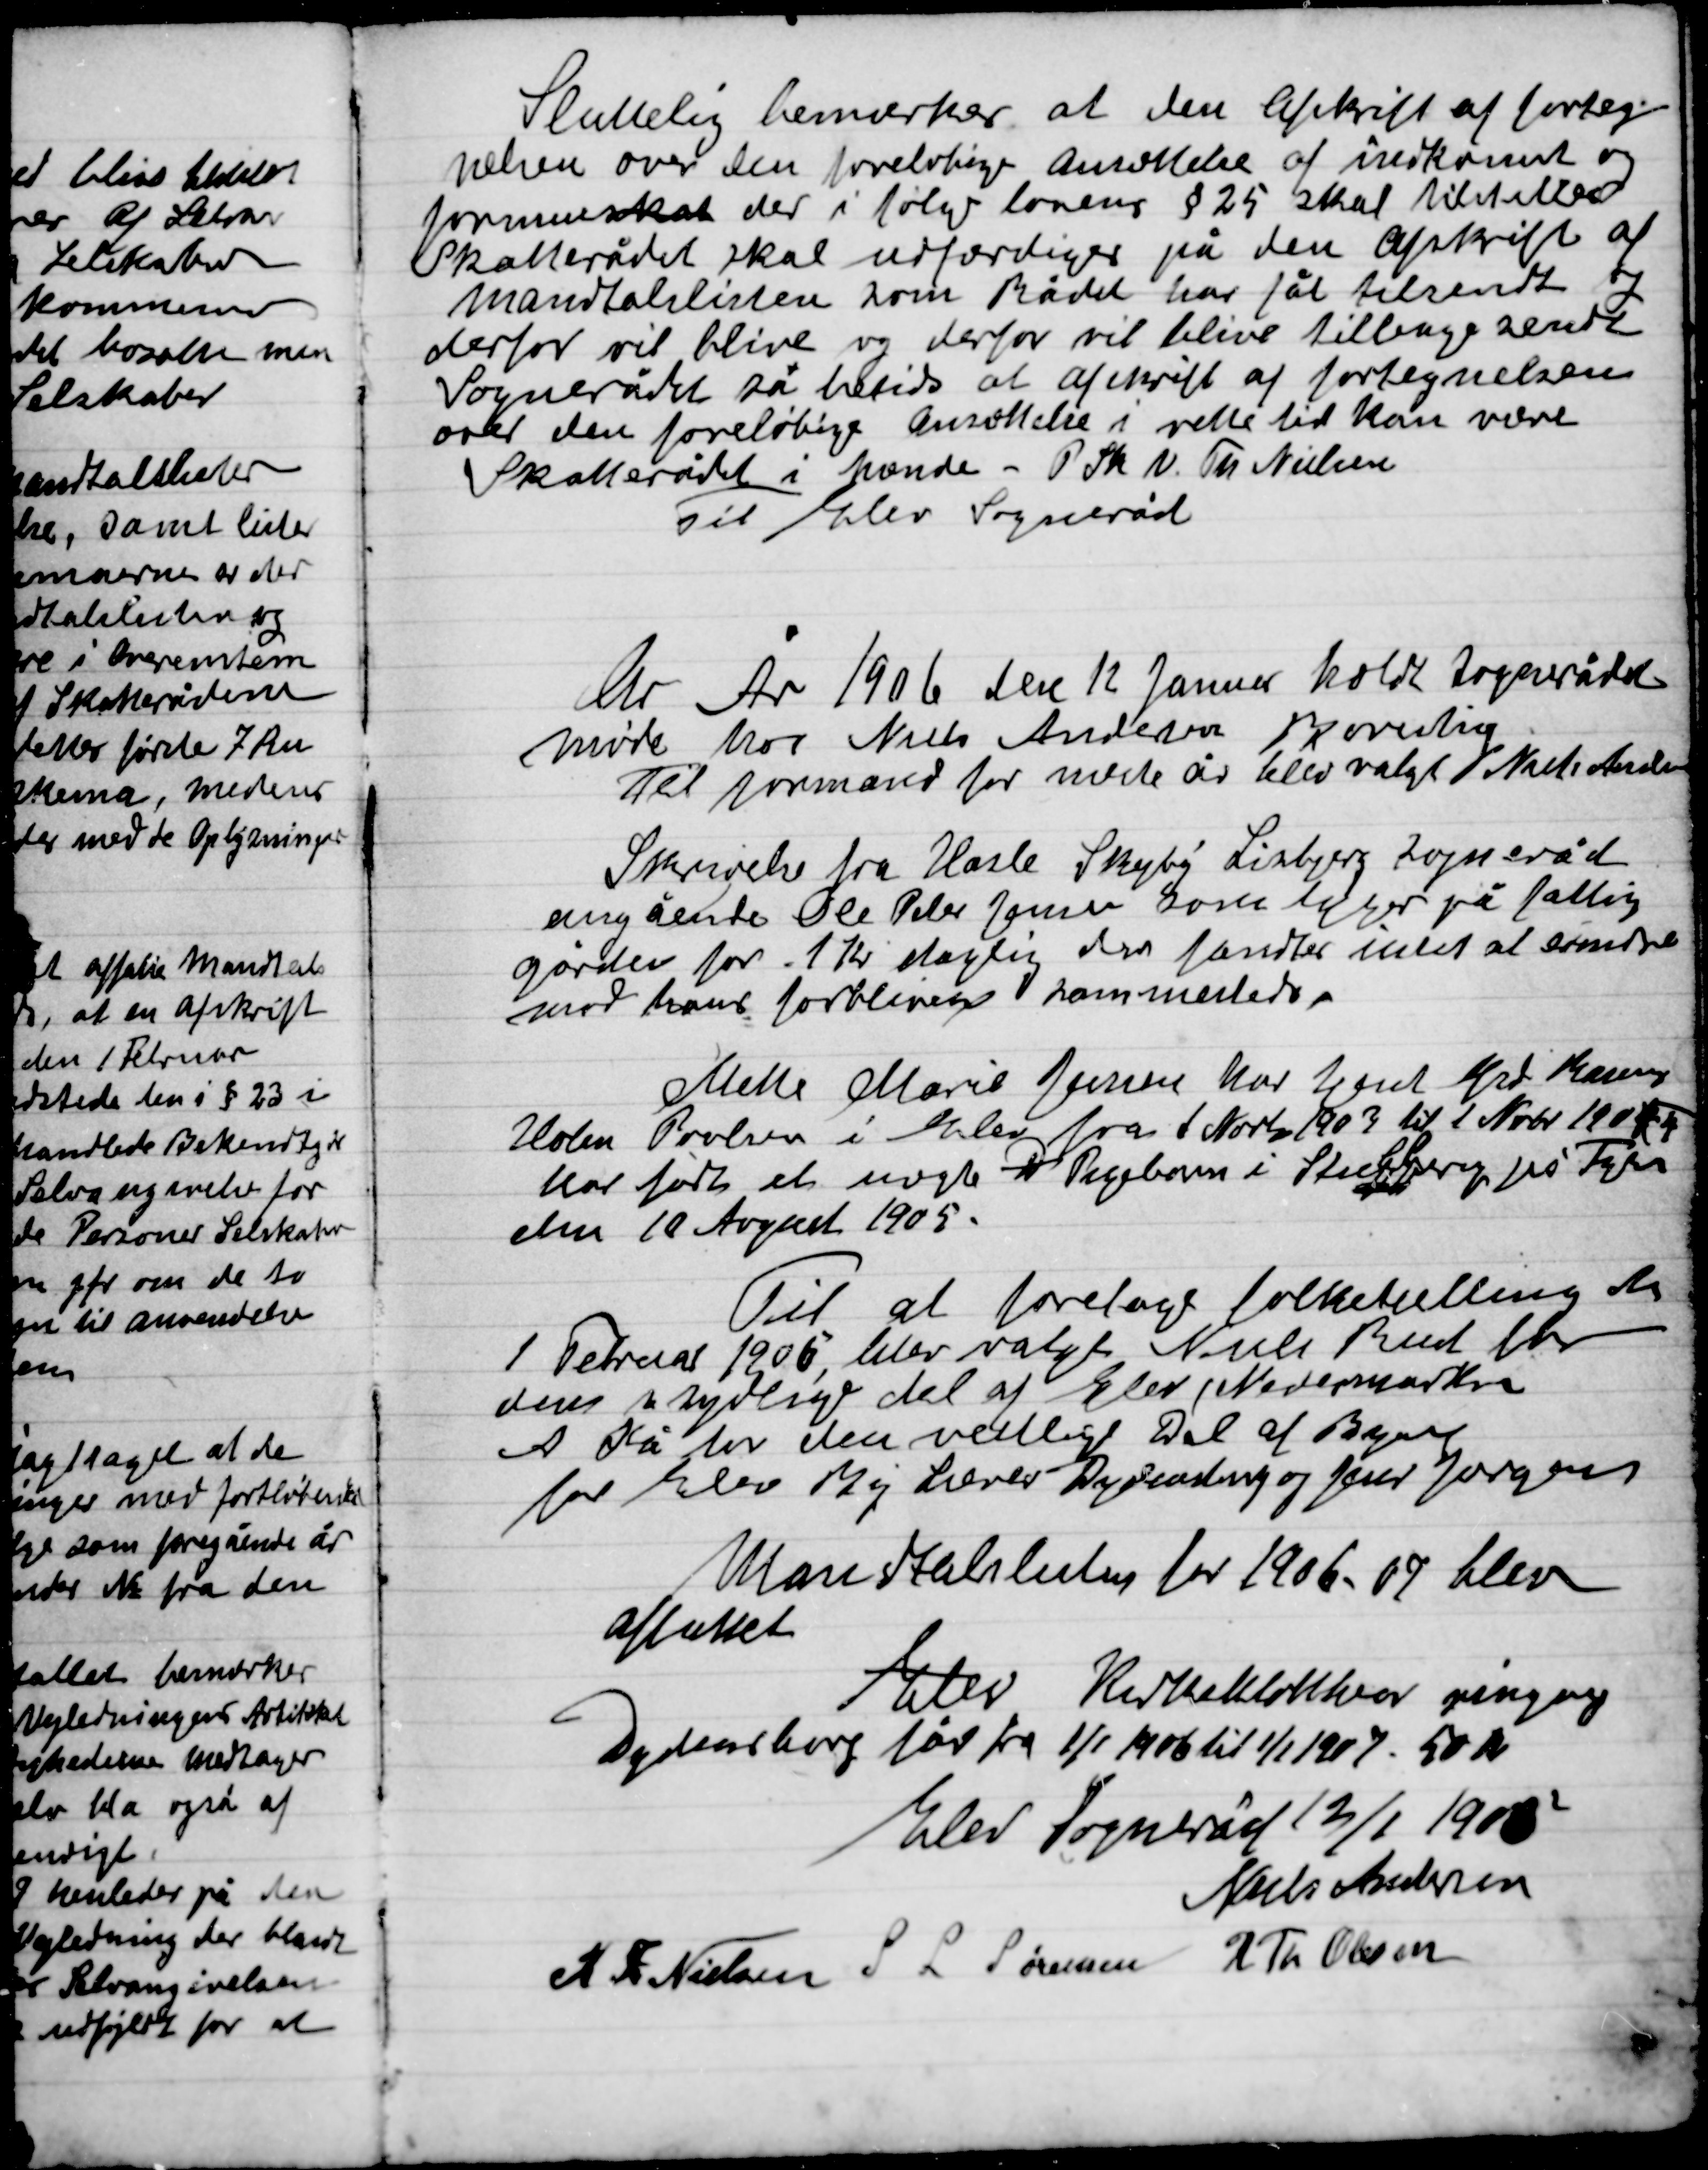
Transskription:
Sluttelig bemærker at den Afskrift af forteg-
nelsen over den foreløbige anvendelse af indkomst og
formueskat der i følger lovens § 25 skal tilstilles
Skatterådet skal udfærdiges på en opskrift af
mandtalslisten som Rådet har fået tilsendt og
derfor vil blive og derfor vil blive tilbagesendt
Sognerådet så bedst at afskrift af fortegnelsen
over den foreløbige ansættelse i rette tid kan være
Skaterådet i hænde - P.S.V. Th. Nielsen
Til elev Sogneråd.

Der År 1906 den 12 Januar holdt Sognerådet
møde hos Niels Andersen
Til formand for næste år blev valgt Niels Andersen

Skrivelse fra Hasle Skejby Lisbjerg Sogneråd
Angående Ole Peter Jensen som  på fattig-
gården for 1 Kr. daglig der fandtes intet at erindre
mod hans forbliver sammedelse

Mette Marie Jensen har tjent hos Gdr. Rasmus
Holm Poulsen i Elev fra 1 Novb. 1903 til 1 Novb. 1905
Har født et uægte D Pigebarn i Stubberup på Fyn
den 10 August 1905.

Til at foretage folketælling den
1 Februar 1905 blev valgt Niels Rud for
den sydlige del af Elev Nedermarken
A Kå for den vestlige del af Byen
for Elev By herrer Dydensborg og Jens Jørgensen

Mandtalslister for 1906-07 blev
afholdt
Elev Kirkeklokkers ringning
Dydensborg løs fra 1/1 1906 til 1/1 1907 - 50 Kr.

Elev Sogneråd 12/1 1905

Niels Andersen
K. F. Nielsen
S. L. Sørensen
R. Th. Olsen